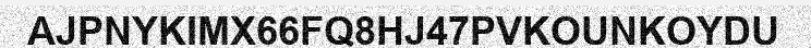
AJPNYKIMX66FQ8HJ47PVKOUNKOYDU